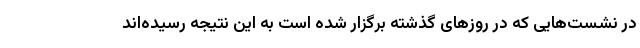
در نشست‌هایی که در روزهای گذشته برگزار شده است به این نتیجه رسیده‌اند